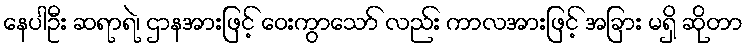
နေပါဦး ဆရာရဲ၊ ဌာနအားဖြင့် ဝေးကွာသော် လည်း ကာလအားဖြင့် အခြား မရှိ ဆိုတာ